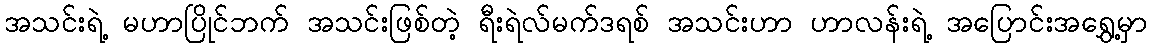
အသင်းရဲ့ မဟာပြိုင်ဘက် အသင်းဖြစ်တဲ့ ရီးရဲလ်မက်ဒရစ် အသင်းဟာ ဟာလန်းရဲ့ အပြောင်းအရွှေ့မှာ